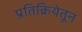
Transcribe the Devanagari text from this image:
प्रतिक्रियेतून